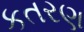
કતરણ